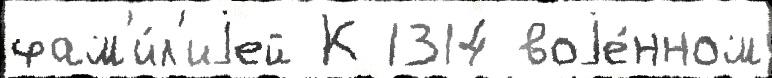
фам'и́л'иjей К 1314 воjе́нном